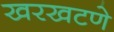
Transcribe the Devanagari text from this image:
खरखटणे